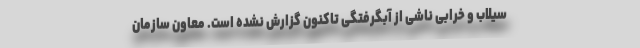
سیلاب و خرابی ناشی از آبگرفتگی تاکنون گزارش نشده است. معاون سازمان